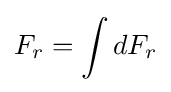
F_{r}=\int dF_{r}